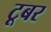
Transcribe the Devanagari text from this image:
टूबर